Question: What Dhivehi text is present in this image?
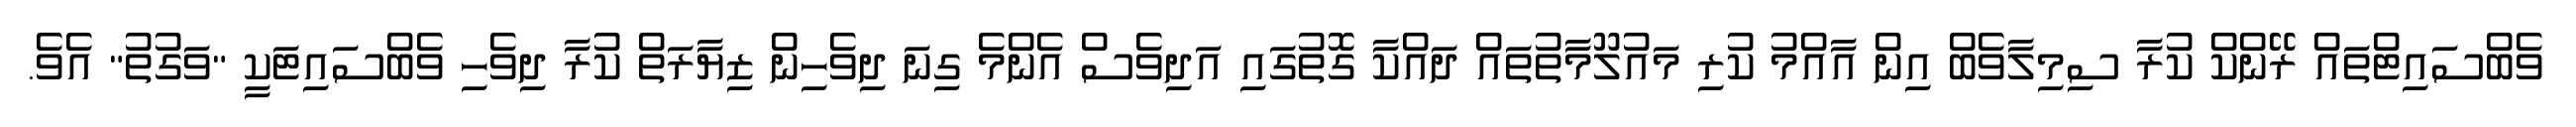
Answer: ވެބްސައިޓްތައް ރޭންކް ކުރާ ސިމިލާވެބް އިން އާއްމު ކުރި މައުލޫމާތުތައް ދައްކާ ގޮތުގައި އަދިވެސް އެންމެ ގިނަ ދިވެހިން ޒިޔާރަތް ކުރާ ދިވެހި ވެބްސައިޓަކީ "ވަގުތު" އެވެ.